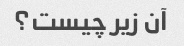
آن زیر چیست؟